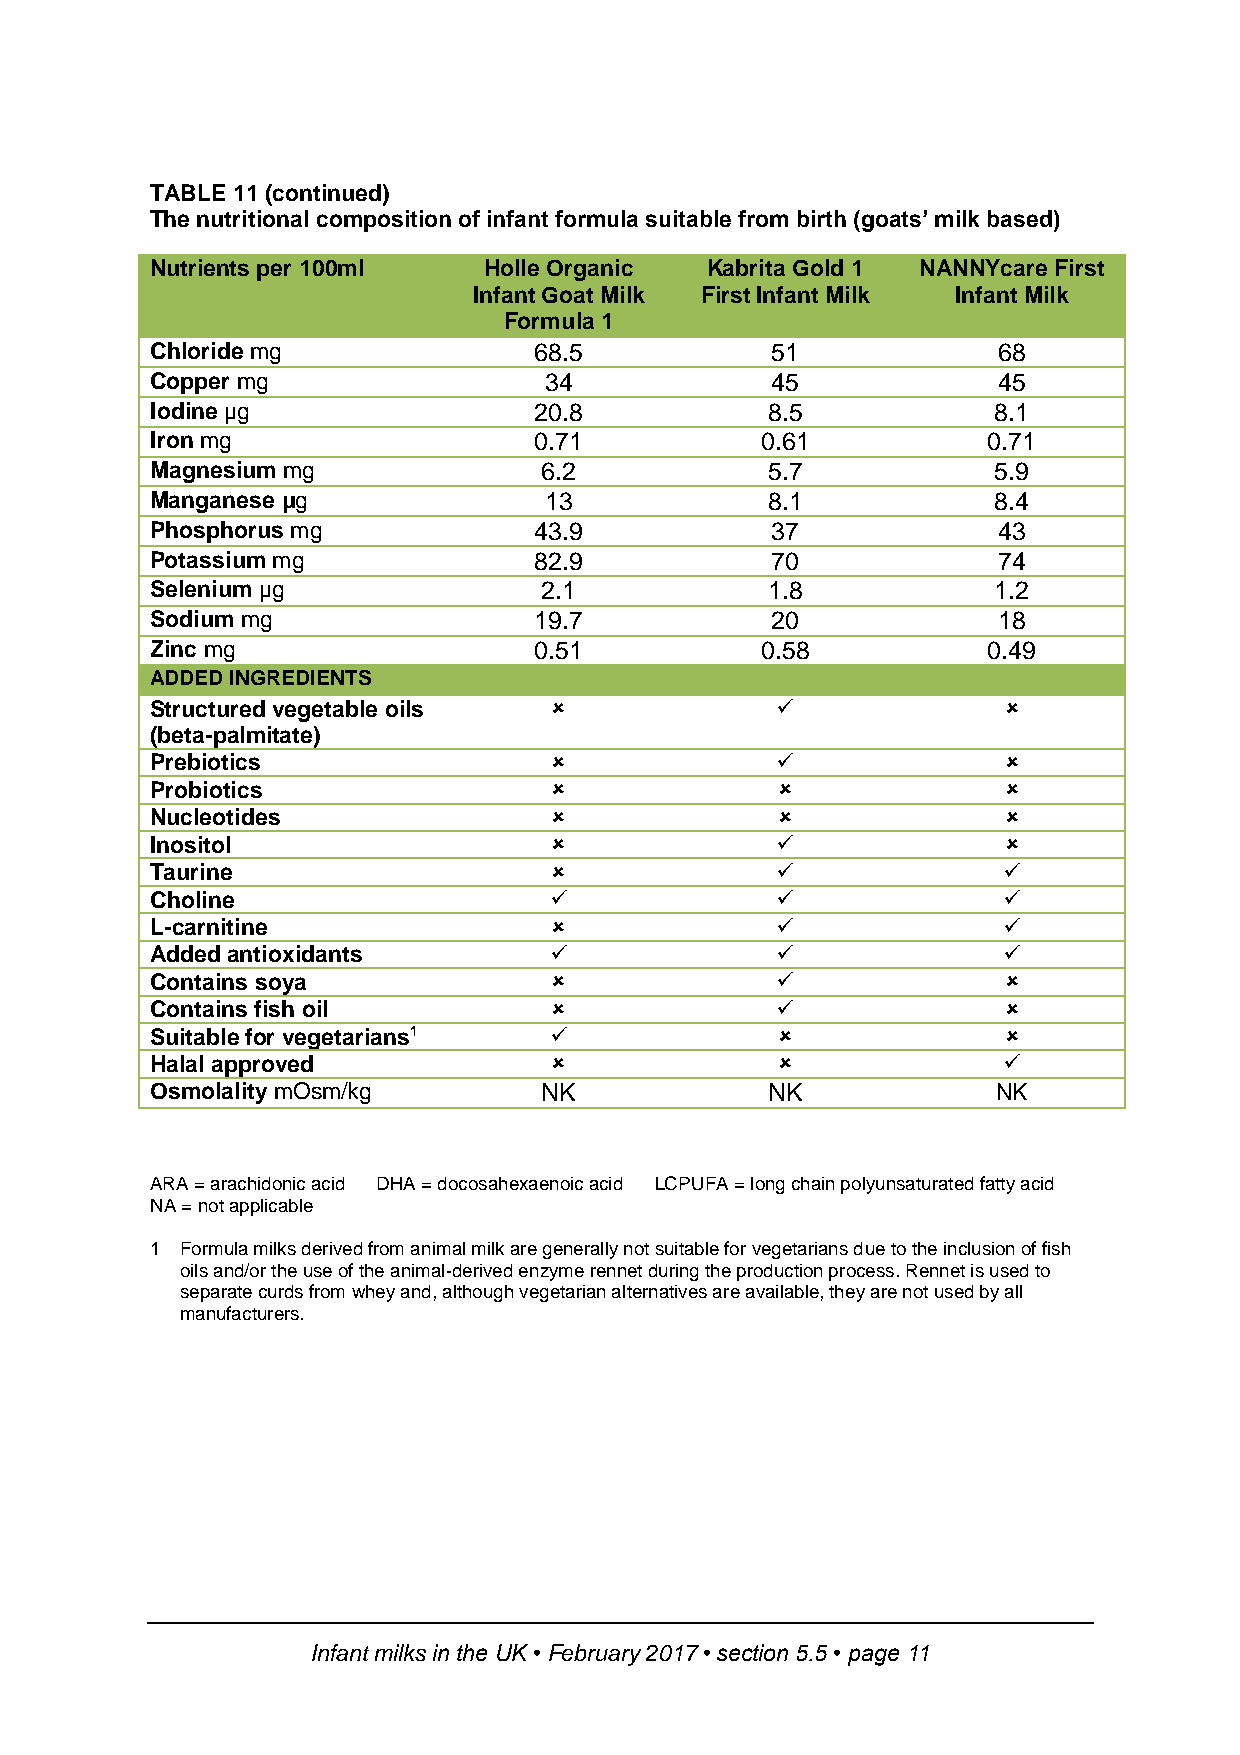
TABLE 11 (continued)
 The nutritional composition of infant formula suitable from birth (goats’ milk based)
 Nutrients per 100ml   Holle Organic  Kabrita Gold 1 NANNYcare First
 Infant Goat Milk First Infant Milk Infant Milk
 Formula 1
 Chloride mg              68.5            51             68
 Copper mg                 34             45             45
 Iodine µg                20.8            8.5            8.1
 Iron mg                  0.71           0.61           0.71
 Magnesium mg              6.2            5.7            5.9
 Manganese µg              13             8.1            8.4
 Phosphorus mg            43.9            37             43
 Potassium mg             82.9            70             74
 Selenium µg               2.1            1.8            1.2
 Sodium mg                19.7            20             18
 Zinc mg                  0.51           0.58           0.49
 ADDED INGREDIENTS
 Structured vegetable oils                              
 (beta-palmitate)
 Prebiotics                                             
 Probiotics                                             
 Nucleotides                                            
 Inositol                                               
 Taurine                                               
 Choline                                               
 L-carnitine                                           
 Added antioxidants                                    
 Contains soya                                          
 Contains fish oil                                      
 Suitable for vegetarians1                              
 Halal approved                                        
 Osmolality mOsm/kg        NK             NK             NK
 ARA = arachidonic acid DHA = docosahexaenoic acid LCPUFA = long chain polyunsaturated fatty acid
 NA = not applicable
 1 Formula milks derived from animal milk are generally not suitable for vegetarians due to the inclusion of fish
 oils and/or the use of the animal-derived enzyme rennet during the production process. Rennet is used to
 separate curds from whey and, although vegetarian alternatives are available, they are not used by all
 manufacturers.
 Infant milks in the UK • February 2017 • section 5.5 • page 11